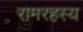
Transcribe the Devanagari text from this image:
रामरहस्य